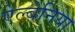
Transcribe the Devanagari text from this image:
ऐल्बेनिया